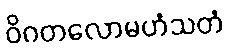
ဝိဂတလောမဟံသတံ